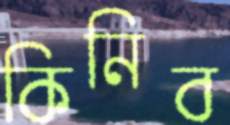
কিনিব